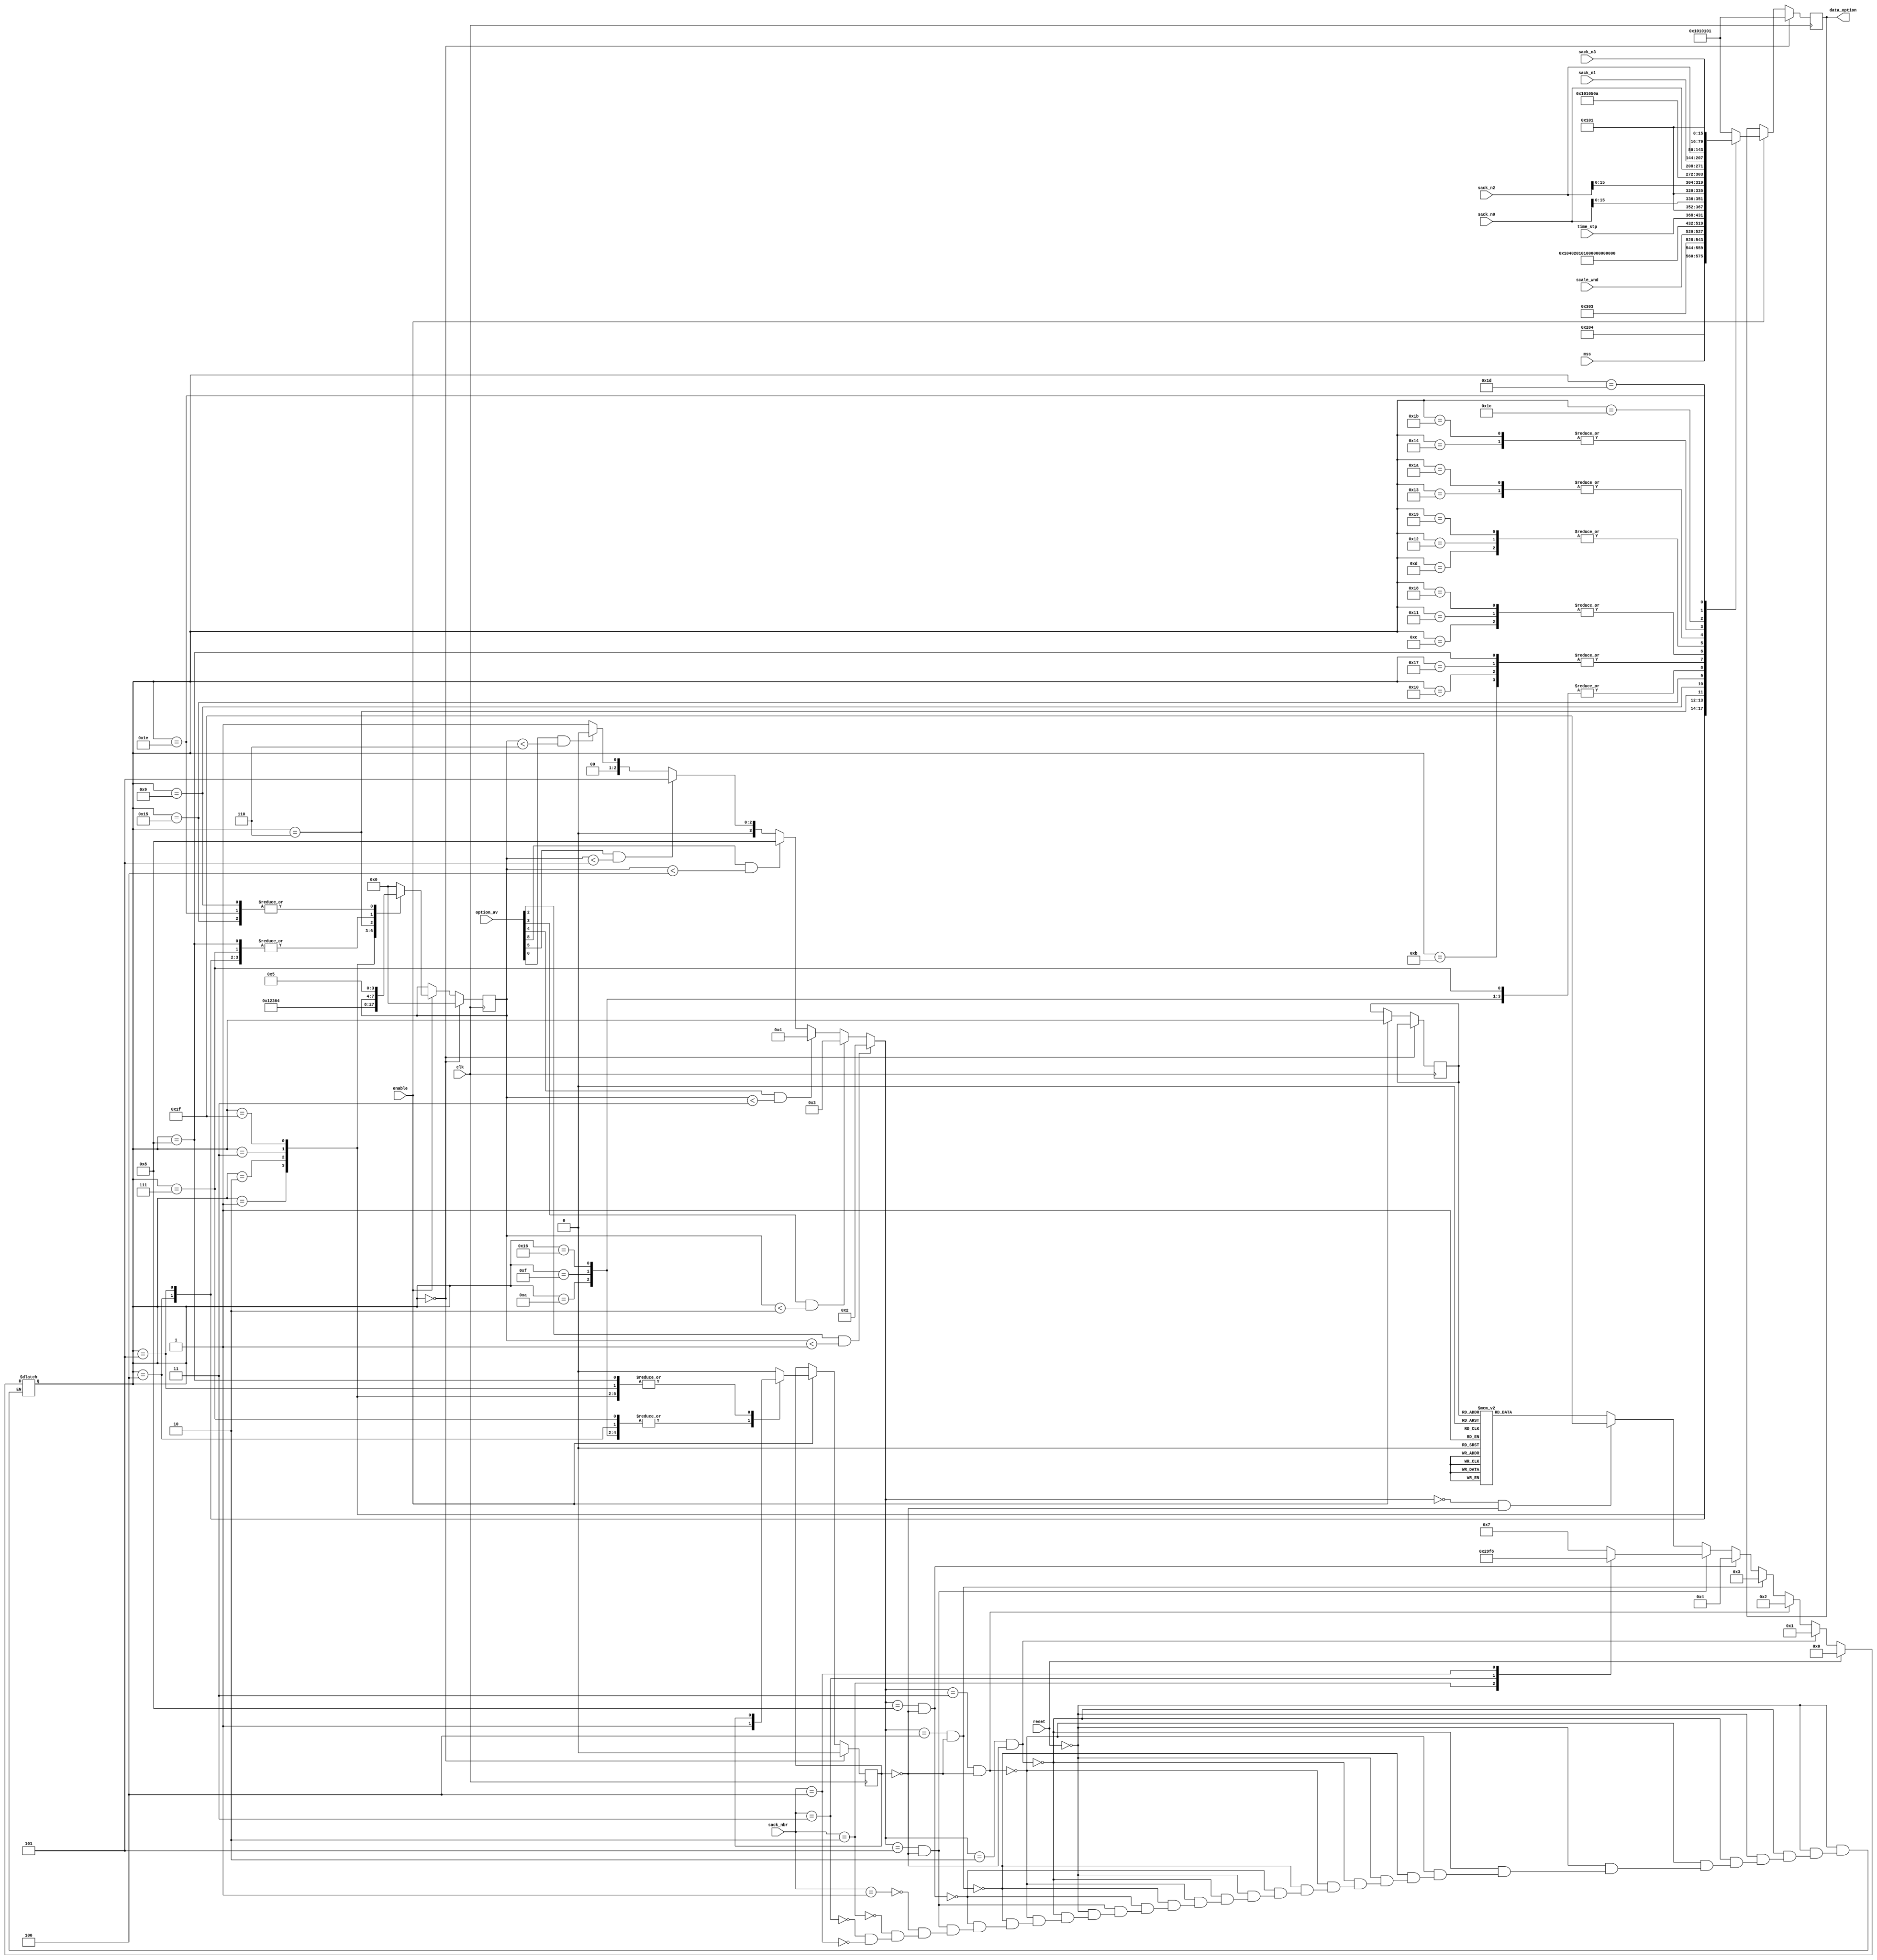
module TCP_option_encoder (enable, clk, reset, option_av, mss, scale_wnd,
                           sack_nbr, sack_n0, sack_n1, sack_n2, sack_n3,
                           time_stp, data_option);
  input enable, clk, reset;
  input [8:0] option_av;
    input [15:0] mss; // option 2
    input [7:0] scale_wnd; // option 3
    input [2:0] sack_nbr; // option 5
      input [63:0] sack_n0, sack_n1, sack_n2, sack_n3; // option 5
    input [63:0] time_stp; // option 8
  
  output [31:0] data_option; // used by *Option output
  
  
  wire enable, clk, reset;
  wire [8:0] option_av;
    wire [15:0] mss; // option 2
    wire [7:0] scale_wnd; // option 3
    wire [2:0] sack_nbr; // option 5
      wire [63:0] sack_n0, sack_n1, sack_n2, sack_n3; // option 5
    wire [63:0] time_stp; // option 8
  
  reg [31:0] data_option; // used by *Option output
  
  
  // Priority option selector - start
  reg [3:0] option_done; // used by *Option output
  reg [3:0] option_num;
  always @(option_av or option_done) begin
    // order of choosing option is  2, 3, 4, 8, 5, 0
    // corresponding option_done 0, 1, 2, 3, 4, 5, 6
    if (option_av[2] && option_done < 1) option_num = 2;
    else if (option_av[3] && option_done < 2) option_num = 3;
    else if (option_av[4] && option_done < 3) option_num = 4;
    else if (option_av[8] && option_done < 4) option_num = 8;
    else if (option_av[5] && option_done < 5) option_num = 5;
    else if (option_av[0] && option_done < 6) option_num = 0;
    else option_num = 1;
  end
  // Priority option selector - end 
  
  
  // Option output - start
  parameter IDLE = 0;
  parameter OPT2 = 1;
  parameter OPT3 = 2;
  parameter OPT4 = 3;
  parameter OPT8_1 = 4;
    parameter OPT8_2 = 5;
    parameter OPT8_3 = 6;
  parameter OPT5_L1_1 = 7;
    parameter OPT5_L1_2 = 8;
    parameter OPT5_L1_3 = 9;
  parameter OPT5_L2_1 = 10;
    parameter OPT5_L2_2 = 11;
    parameter OPT5_L2_3 = 12;
    parameter OPT5_L2_4 = 13;
    parameter OPT5_L2_5 = 14;
  parameter OPT5_L3_1 = 15;
    parameter OPT5_L3_2 = 16;
    parameter OPT5_L3_3 = 17;
    parameter OPT5_L3_4 = 18;
    parameter OPT5_L3_5 = 19;
    parameter OPT5_L3_6 = 20;
    parameter OPT5_L3_7 = 21;
  parameter OPT5_L4_1 = 22;
    parameter OPT5_L4_2 = 23;
    parameter OPT5_L4_3 = 24;
    parameter OPT5_L4_4 = 25;
    parameter OPT5_L4_5 = 26;
    parameter OPT5_L4_6 = 27;
    parameter OPT5_L4_7 = 28;
    parameter OPT5_L4_8 = 29;
    parameter OPT5_L4_9 = 30;
  parameter OPT0 = 31;
  
  reg [4:0] state, next_state;
  reg busy;
  always @(*) begin
    if (reset) next_state = IDLE;
    else if (option_num == 2 && !busy) next_state = OPT2;
    else if (option_num == 3 && !busy) next_state = OPT3;
    else if (option_num == 4 && !busy) next_state = OPT4;
    else if (option_num == 8 && !busy) next_state = OPT8_1;
    else if (option_num == 5 && !busy) begin
      case (sack_nbr) 
        1: next_state = OPT5_L1_1;
        2: next_state = OPT5_L2_1;
        3: next_state = OPT5_L3_1;
        4: next_state = OPT5_L4_1;
      endcase
    end else if (option_num == 0 && !busy) next_state = OPT0;
    else begin
      case (state)
        OPT8_1: next_state = OPT8_2;
        OPT8_2: next_state = OPT8_3;
        OPT8_3: next_state = OPT8_3;
        
        OPT5_L1_1: next_state = OPT5_L1_2;
        OPT5_L1_2: next_state = OPT5_L1_3;
        OPT5_L1_3: next_state = OPT5_L1_3;
        
        OPT5_L2_1: next_state = OPT5_L2_2;
        OPT5_L2_2: next_state = OPT5_L2_3;
        OPT5_L2_3: next_state = OPT5_L2_4;
        OPT5_L2_4: next_state = OPT5_L2_5;
        OPT5_L2_5: next_state = OPT5_L2_5;
        
        OPT5_L3_1: next_state = OPT5_L3_2;
        OPT5_L3_2: next_state = OPT5_L3_3;
        OPT5_L3_3: next_state = OPT5_L3_4;
        OPT5_L3_4: next_state = OPT5_L3_5;
        OPT5_L3_5: next_state = OPT5_L3_6;
        OPT5_L3_6: next_state = OPT5_L3_7;
        OPT5_L3_7: next_state = OPT5_L3_7;
        
        OPT5_L4_1: next_state = OPT5_L4_2;
        OPT5_L4_2: next_state = OPT5_L4_3;
        OPT5_L4_3: next_state = OPT5_L4_4;
        OPT5_L4_4: next_state = OPT5_L4_5;
        OPT5_L4_5: next_state = OPT5_L4_6;
        OPT5_L4_6: next_state = OPT5_L4_7;
        OPT5_L4_7: next_state = OPT5_L4_8;
        OPT5_L4_8: next_state = OPT5_L4_9;
        OPT5_L4_9: next_state = OPT5_L4_9;
        
        default: next_state = IDLE;
      endcase
    end
  end
  
  always @(posedge clk) begin
    if (next_state == IDLE) begin
      data_option <= {4{8'h01}};
      option_done <= 0;
      busy <= 0;
    end else if (enable) begin
      state <= next_state;
      case (next_state)
        OPT2: begin
          data_option <= {8'd2, 8'd4, mss};
          option_done <= 1;
        end
        OPT3: begin
          data_option <= {8'd3, 8'd3, scale_wnd, 8'h01};
          option_done <= 2;
        end
        OPT4: begin
          data_option <= {8'd4, 8'd2, 8'h01, 8'h01};
          option_done <= 3;
        end
        OPT0: begin
          data_option <= 32'd0;
          option_done <= 6;
        end
        
        OPT8_1: begin
          data_option <= {8'd8, 8'd10, time_stp[63:48]};
          busy <= 1;
        end
        OPT8_2: data_option <= time_stp[47:16];
        OPT8_3: begin
          data_option <= {time_stp[15:0], 16'h0101};
          option_done <= 4;
          busy <= 0;
        end
        
        OPT5_L1_1: begin
          data_option <= {8'd5, 8'd10, sack_n0[63:48]};
          busy <= 1;
        end
        OPT5_L1_2: data_option <= sack_n0[47:16];
        OPT5_L1_3: begin
          data_option <= {sack_n0[15:0], 16'h0101};
          option_done <= 5;
          busy <= 0;
        end
        
        OPT5_L2_1: begin
          data_option <= {8'd5, 8'd10, sack_n0[63:48]};
          busy <= 1;
        end
        OPT5_L2_2: data_option <= sack_n0[47:16];
        OPT5_L2_3: data_option <= {sack_n0[15:0], sack_n1[63:48]};
        OPT5_L2_4: data_option <= sack_n1[47:16];
        OPT5_L2_4: begin
          data_option <= {sack_n1[15:0], 16'h0101};
          option_done <= 5;
          busy <= 0;
        end
        
        OPT5_L3_1: begin
          data_option <= {8'd5, 8'd10, sack_n0[63:48]};
          busy <= 1;
        end
        OPT5_L3_2: data_option <= sack_n0[47:16];
        OPT5_L3_3: data_option <= {sack_n0[15:0], sack_n1[63:48]};
        OPT5_L3_4: data_option <= sack_n1[47:16];
        OPT5_L3_5: data_option <= {sack_n1[15:0], sack_n2[63:48]};
        OPT5_L3_6: data_option <= sack_n2[47:16];
        OPT5_L3_7: begin
          data_option <= {sack_n2[15:0], 16'h0101};
          option_done <= 5;
          busy <= 0;
        end
        
        OPT5_L4_1: begin
          data_option <= {8'd5, 8'd10, sack_n0[63:48]};
          busy <= 1;
        end
        OPT5_L4_2: data_option <= sack_n0[47:16];
        OPT5_L4_3: data_option <= {sack_n0[15:0], sack_n1[63:48]};
        OPT5_L4_4: data_option <= sack_n1[47:16];
        OPT5_L4_5: data_option <= {sack_n1[15:0], sack_n2[63:48]};
        OPT5_L4_6: data_option <= sack_n2[47:16];
        OPT5_L4_7: data_option <= {sack_n2[15:0], sack_n3[63:48]};
        OPT5_L4_8: data_option <= sack_n3[47:16];
        OPT5_L4_9: begin
          data_option <= {sack_n3[15:0], 16'h0101};
          option_done <= 5;
          busy <= 0;
        end
        
        default: begin
          data_option <= {4{8'h01}};
          option_done <= 0;
          busy <= 0;
        end
      endcase
    end
  end
  
  // Option output - end
  
endmodule